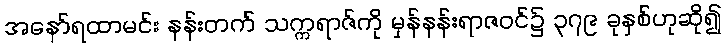
အနော်ရထာမင်း နန်းတက် သက္ကရာဇ်ကို မှန်နန်းရာဇဝင်၌ ၃၇၉ ခုနှစ်ဟုဆို၍